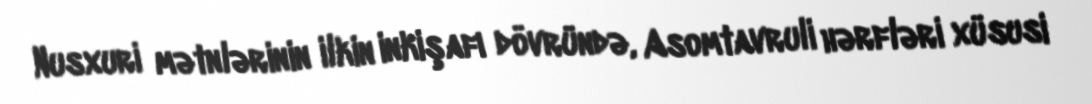
Nusxuri mətnlərinin ilkin inkişafı dövründə, Asomtavruli hərfləri xüsusi